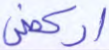
اركض